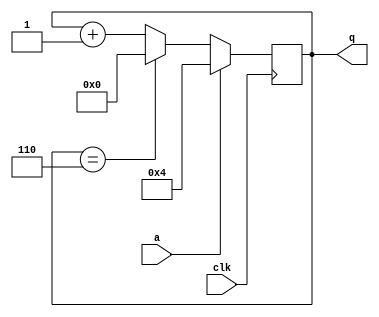
module top_module (
    input clk,
    input a,
    output [3:0] q );
    
    always @(posedge clk) begin
        if(a)              q<=4'd4;
        else if(q==4'd6)   q<=4'd0;
        else               q<=q+1'd1;
    end

endmodule